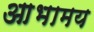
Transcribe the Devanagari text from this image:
आभामय